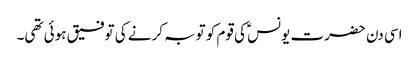
اسی دن حضرت یونسؑ کی قوم کو توبہ کرنے کی توفیق ہوئی تھی۔